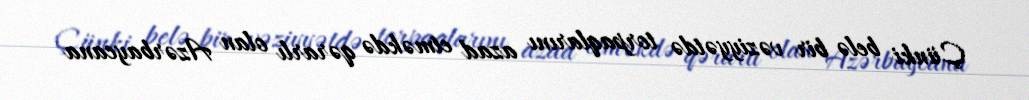
Çünki belə bir vəziyyətdə torpaqlarını azad etməkdə qərarlı olan Azərbaycana